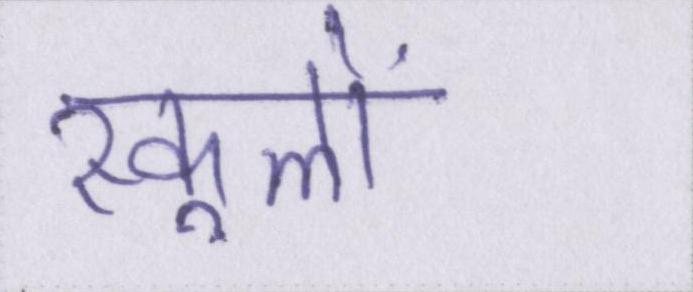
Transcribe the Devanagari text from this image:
स्कूलों